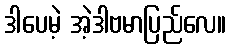
ဒါပေမဲ့ အဲ့ဒါဗမာပြည်လေ။